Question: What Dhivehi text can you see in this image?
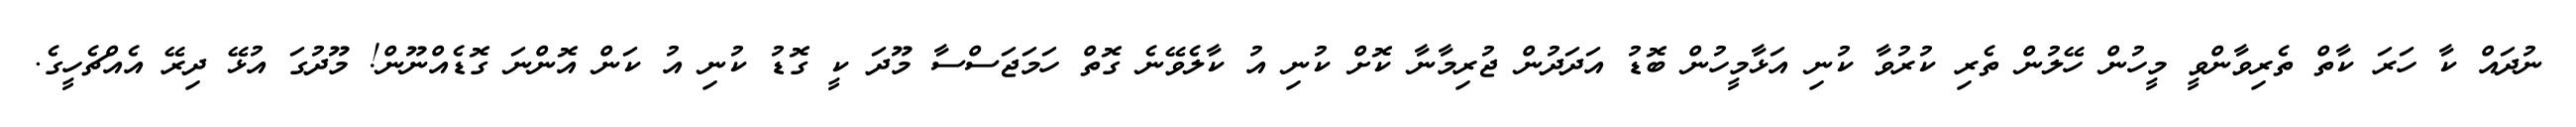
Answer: ނުދައް ކާ ހަރަ ކާތް ތެރިވާންވީ މީހުން ހޭލުން ތެރި ކުރުވާ ކުނި އަޅާމީހުން ބޮޑު އަދަދުން ޖުރިމާނާ ކޮށް ކުނި އު ކާލެވޭނެ ގޮތް ހަމަޖަސްސާ މޫދަ ކީ ގޮޑު ކުނި އު ކަން އޮންނަ ގޮޑެއްނޫން! މޫދުގަ އުޅޭ ދިރޭ އެއްޗެހީގެ.